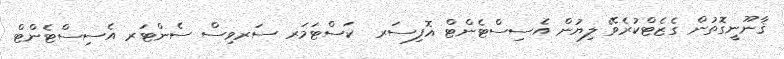
ޤާނޫނީގޮތުން ގެޒެޓްކުރެވޭ ލިޔުން އެސިސްޓެންޓް އޮފިސަރ  ކަސްޓަމަރ ސަރވިސް ސެންޓަރ އެސިސްޓެންޓް